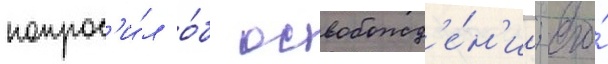
попрос'и́л о́б освобожд'е́н'ии; его́